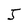
Character: J